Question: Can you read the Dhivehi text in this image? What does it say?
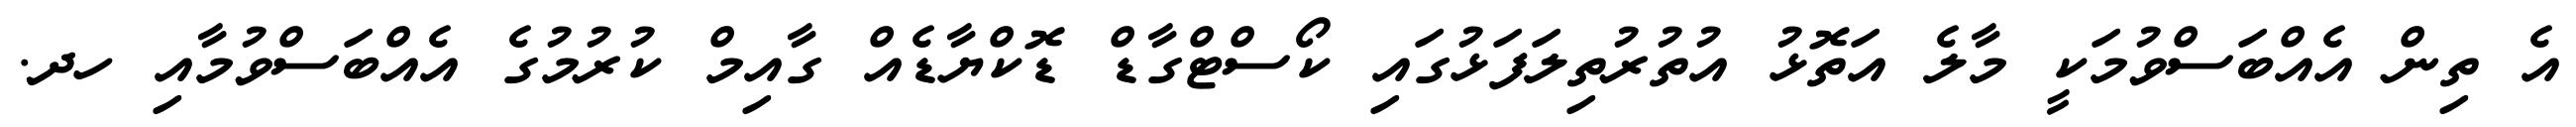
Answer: އެ ތިން އެއްބަސްވުމަކީ މާލެ އަތޮޅު އުތުރުތިލަފަޅުގައި ކޯސްޓްގާޑް ޑޮކްޔާޑެއް ގާއިމް ކުރުމުގެ އެއްބަސްވުމާއި ހދ.